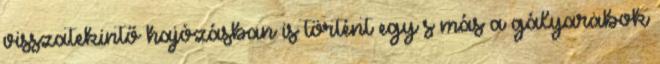
visszatekintő hajózásban is történt egy s más a gályarabok